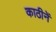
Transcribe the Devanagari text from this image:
काठीनें